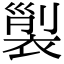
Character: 𧚲